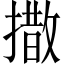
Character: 𪮫